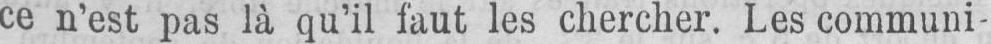
ce n’est pas là qu’il faut les chercher. Les communi-